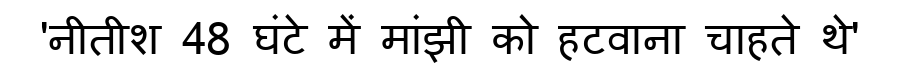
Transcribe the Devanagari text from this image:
'नीतीश 48 घंटे में मांझी को हटवाना चाहते थे'